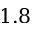
1 . 8